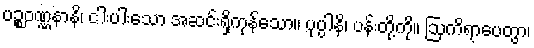
ပဉ္စဝဏ္ဏနာနိ၊ ငါးပါးသော အဆင်းရှိကုန်သော။ ပုပ္ပါနိ၊ ပန်းတို့ကို။ ဩကိရာပေတွာ၊